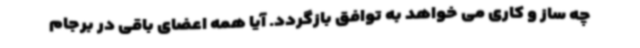
چه ساز و کاری می خواهد به توافق بازگردد. آیا همه اعضای باقی در برجام